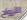
الأرواح